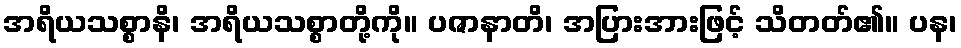
အရိယသစ္စာနိ၊ အရိယသစ္စာတို့ကို။ ပဇာနာတိ၊ အပြားအားဖြင့် သိတတ်၏။ ပန၊